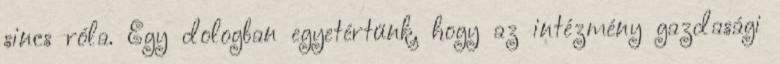
sincs róla. Egy dologban egyetértünk, hogy az intézmény gazdasági